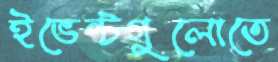
ইভেন্টগুলোতে